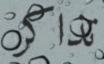
تذاكر